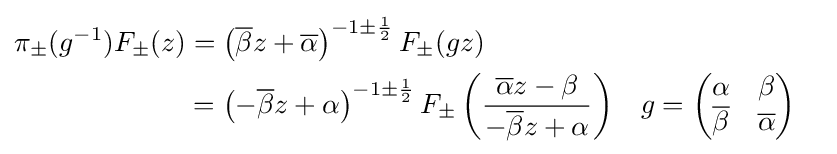
{\begin{aligned}\pi _{\pm }(g^{-1})F_{\pm }(z)&=\left({\overline {\beta }}z+{\overline {\alpha }}\right)^{-1\pm {\frac {1}{2}}}F_{\pm }(gz)\\&=\left(-{\overline {\beta }}z+\alpha \right)^{-1\pm {\frac {1}{2}}}F_{\pm }\left({{\overline {\alpha }}z-\beta  \over -{\overline {\beta }}z+\alpha }\right)&&g={\begin{pmatrix}\alpha &\beta \\{\overline {\beta }}&{\overline {\alpha }}\end{pmatrix}}\end{aligned}}